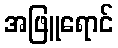
အဖြူရောင်